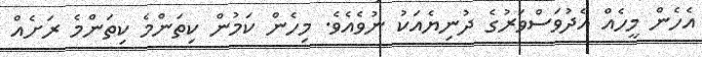
އެހެން މީހެއް އެދުވަސްވަރުގެ ދުނިޔެއަކު ނުވެއެވެ. މިހެން ކަމުން ކިތަންމެ ކިތަންމެ ރަށެއް